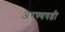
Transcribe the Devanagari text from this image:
अरण्यषष्ठी